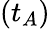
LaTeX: \left(t_{A}\right)